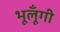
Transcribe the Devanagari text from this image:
भूलूँगी